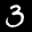
Label: 3